Vaccination North-Western Provinces and Oudh 1878-1895 - 1878-1895
Year: 1878
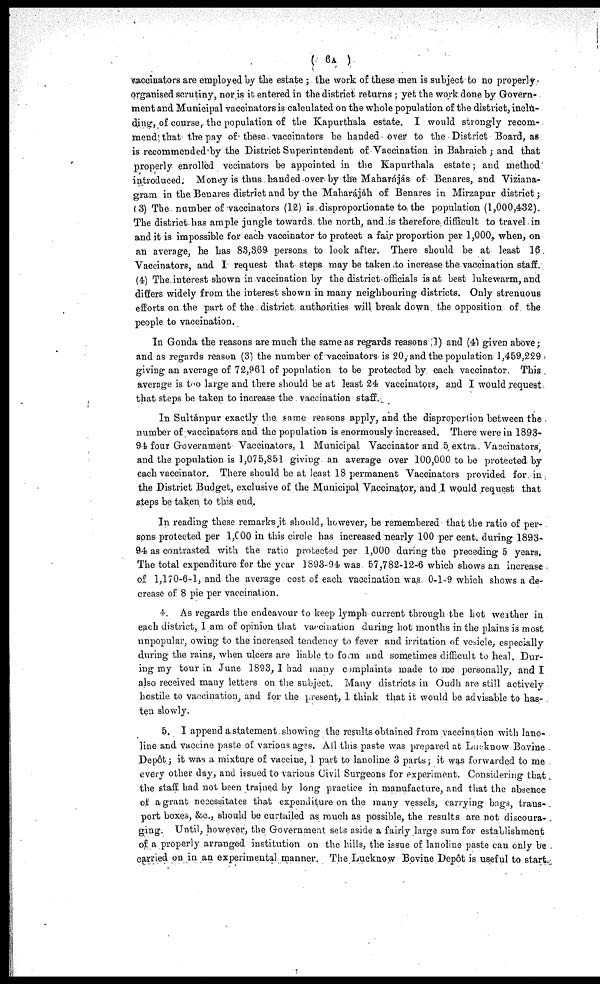
( 6A )
vaccinators are employed by the estate ; the work of these men is subject to no properly
organised scrutiny, nor is it entered in the district returns ; yet the work done by Govern-
ment and Municipal vaccinators is calculated on the whole population of the district, inclu-
ding, of course, the population of the Kapurthala estate. I would strongly recom-
mend that the pay of these vaccinators be handed over to the District Board, as
is recommended by the District Superintendent of Vaccination in Bahraich ; and that
properly enrolled vccinators be appointed in the Kapurthala estate; and method
introduced. Money is thus handed over by the Maharájás of Benares, and Viziana-
gram in the Benares district and by the Maharájáh of Benares in Mirzapur district;
(3) The number of vaccinators (12) is disproportionate to the population (1,000,432).
The district has ample jungle towards the north, and is therefore difficult to travel in
and it is impossible for each vaccinator to protect a fair proportion per 1,000, when, on
an average, he has 83,369 persons to look after. There should be at least 16
Vaccinators, and I request that steps may be taken to increase the vaccination staff.
(4) The interest shown in vaccination by the district officials is at best lukewarm, and
differs widely from the interest shown in many neighbouring districts. Only strenuous
efforts on the part of the district authorities will break down the opposition of the
people to vaccination.
In Gonda the reasons are much the same as regards reasons (1) and (4) given above;
and as regards reason (3) the number of vaccinators is 20, and the population 1,459,229
giving an average of 72,961 of population to be protected by each vaccinator. This
average is too large and there should be at least 24 vaccinators, and I would request
that steps be taken to increase the vaccination staff.
In Sultánpur exactly the same reasons apply, and the disproportion between the
number of vaccinators and the population is enormously increased. There were in 1893-
94 four Government Vaccinators, 1 Municipal Vaccinator and 5 extra. Vaccinators,
and the population is 1,075,851 giving an average over 100,000 to be protected by
each vaccinator. There should be at least 18 permanent Vaccinators provided for in
the District Budget, exclusive of the Municipal Vaccinator, and I would request that
steps be taken to this end.
In reading these remarks it should, however, be remembered that the ratio of per-
sons protected per 1,000 in this circle has increased nearly 100 per cent. during 1893-
94 as contrasted with the ratio protected per 1,000 during the preceding 5 years.
The total expenditure for the year 1893-94 was 57,782-12-6 which shows an increase
of 1,170-6-1, and the average cost. of each vaccination was 0-1-9 which shows a de-
crease of 8 pie per vaccination.
4. As regards the endeavour to keep lymph current through the hot weather in
each district, I am of opinion that vaccination during hot months in the plains is most
unpopular, owing to the increased tendency to fever and irritation of vesicle, especially
during the rains, when ulcers are liable to form and sometimes difficult to heal. Dur-
ing my tour in June 1893, I had many complaints made to me personally, and I
also received many letters on the subject. Many districts in Oudh are still actively
hostile to vaccination, and for the present, 1 think that it would be advisable to has-
ten slowly.
5. I append a statement showing the results obtained from vaccination with lano-
line and vaccine paste of various ages. All this paste was prepared at Lauknow Bovine
Depôt; it was a mixture of vaccine, 1 part to lanoline 3 parts; it was forwarded to me
every other day, and issued to various Civil Surgeons for experiment. Considering that
the staff had not been trained by long practice in manufacture, and that the absence
of a grant necessitates that expenditure on the many vessels, carrying bags, trans-
port boxes, &c., should be curtailed as much as possible, the results are not discoura-
ging. Until, however, the Government sets aside a fairly large sum for establishment
of a properly arranged institution on the hills, the issue of lanoline paste can only be
carried on in an experimental manner. The Lucknow Bovine Depô is useful to start